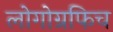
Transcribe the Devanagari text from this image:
लोगोग्रफिच